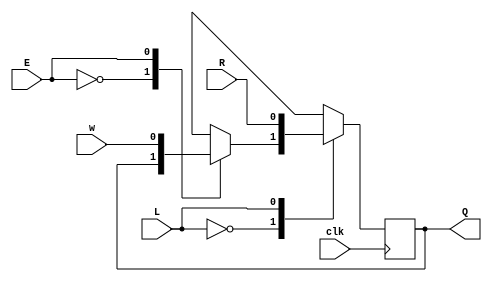
module top_module (
    input clk,
    input w , R, E, L,
    output reg Q
);
	reg mux_1, mux_2;
	reg temp_Q;	
	always @(w|R|E|L)begin
		case(E)
		1'b0: mux_1 = Q;
		1'b1: mux_1 = w;
		endcase
		case(L)
		1'b0: mux_2 = mux_1;
		1'b1: mux_2 = R;
		endcase
    end
	always @(posedge clk)begin
	Q <= mux_2;
	end
	
endmodule